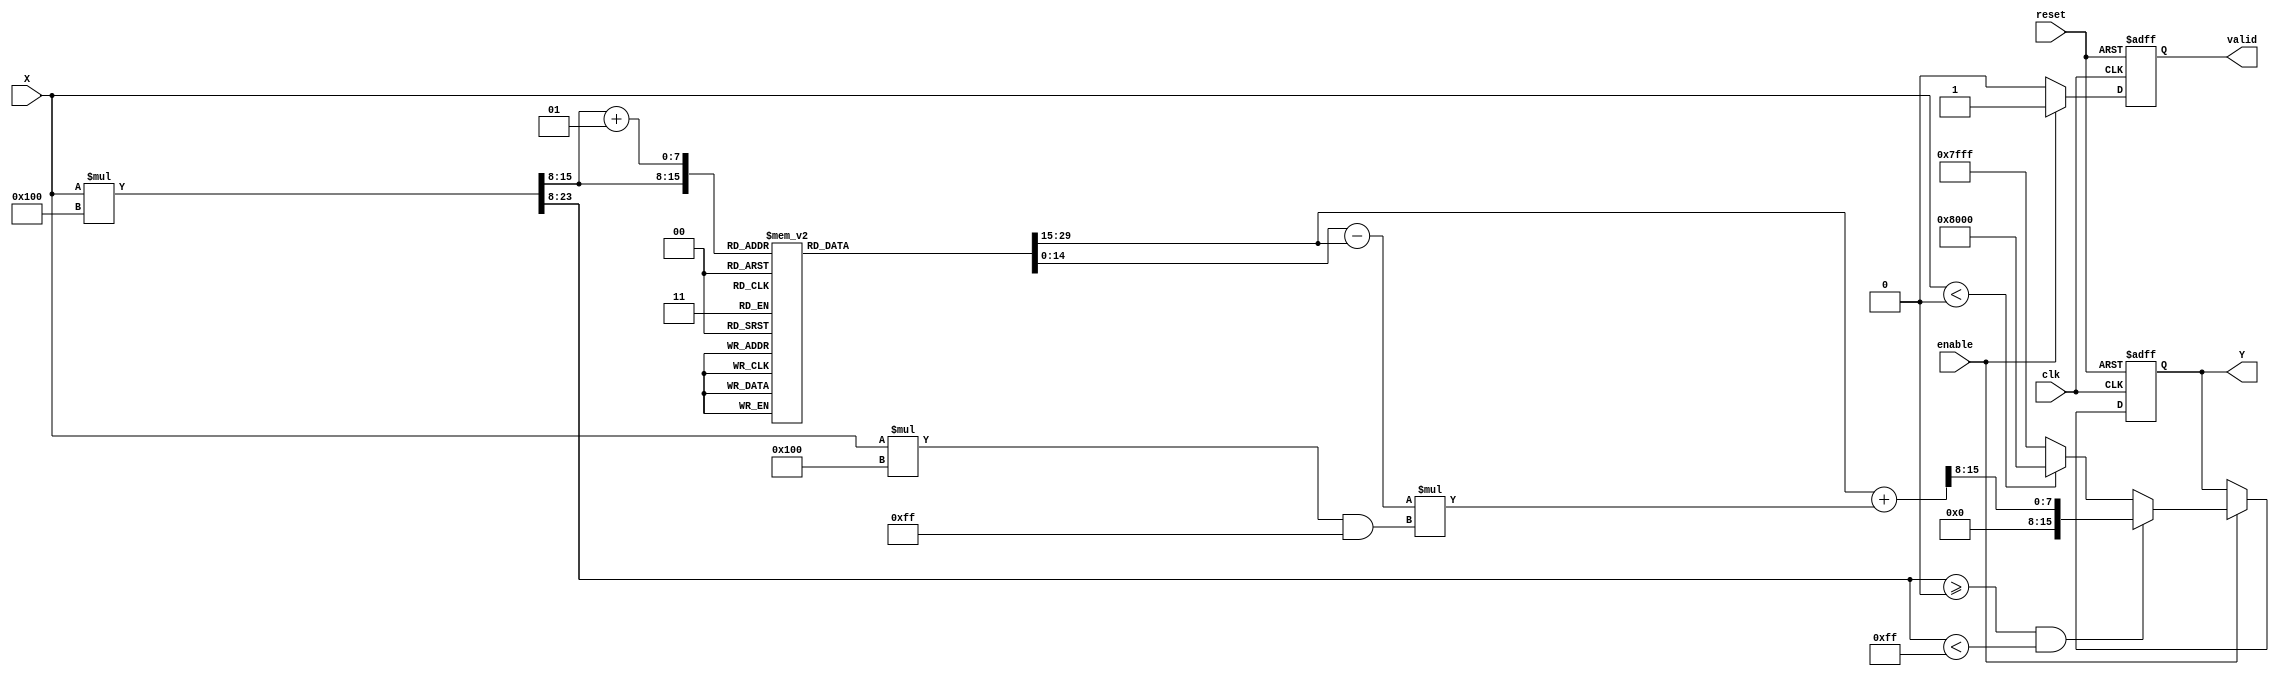
module atan_block (
    input wire clk,                // Clock signal
    input wire reset,              // Reset signal
    input wire enable,             // Enable signal
    input wire signed [15:0] X,    // Input data (fixed-point representation)
    output reg signed [15:0] Y,     // Output data (angle in radians)
    output reg valid               // Output valid signal
);

    // Parameters
    parameter LUT_SIZE = 256;      // Size of the LUT
    parameter LUT_WIDTH = 15;       // Width of LUT entries
    parameter INPUT_WIDTH = 16;     // Width of input
    parameter OUTPUT_WIDTH = 16;    // Width of output

    // Lookup table for atan values (precomputed)
    reg signed [LUT_WIDTH-1:0] atan_lut [0:LUT_SIZE-1];

    // Initialize the LUT with precomputed atan values
    initial begin
        // Fill the LUT with atan values (example values)
        // This should be replaced with actual atan values for the range
        // atan_lut[0] = 0; // atan(0)
        // Fill in other values...
        // atan_lut[LUT_SIZE-1] = 90; // atan(1)
    end

    // Internal signals
    wire signed [15:0] index;
    wire signed [15:0] remainder;
    wire signed [LUT_WIDTH-1:0] lut_value1;
    wire signed [LUT_WIDTH-1:0] lut_value2;
    wire signed [LUT_WIDTH-1:0] interpolated_value;

    // Compute LUT index and remainder
    assign index = (X * LUT_SIZE) >> (INPUT_WIDTH - 8); // Scale input to LUT range
    assign remainder = (X * LUT_SIZE) & 8'hFF; // Get remainder for interpolation

    // LUT value retrieval
    assign lut_value1 = atan_lut[index];
    assign lut_value2 = atan_lut[index + 1];

    // Linear interpolation
    assign interpolated_value = lut_value1 + ((lut_value2 - lut_value1) * remainder) >> 8;

    // Output logic
    always @(posedge clk or posedge reset) begin
        if (reset) begin
            Y <= 0;
            valid <= 0;
        end else if (enable) begin
            if (index >= 0 && index < LUT_SIZE - 1) begin
                Y <= interpolated_value;
                valid <= 1;
            end else begin
                // Handle saturation logic
                if (X < 0) begin
                    Y <= -16'h8000; // -/2
                end else begin
                    Y <= 16'h7FFF; // /2
                end
                valid <= 1;
            end
        end else begin
            valid <= 0;
        end
    end

endmodule